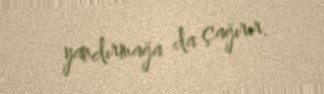
yandırmağa da çağırır.